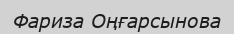
Фариза Оңғарсынова